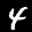
Label: 4